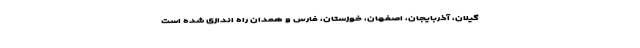
گیلان، آذربایجان، اصفهان، خوزستان، فارس و همدان راه اندازی شده است